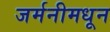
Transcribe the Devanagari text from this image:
जर्मनीमधून